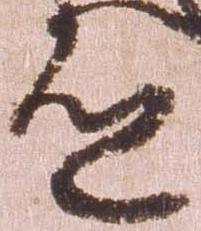
道